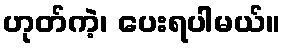
ဟုတ်ကဲ့၊ ပေးရပါမယ်။